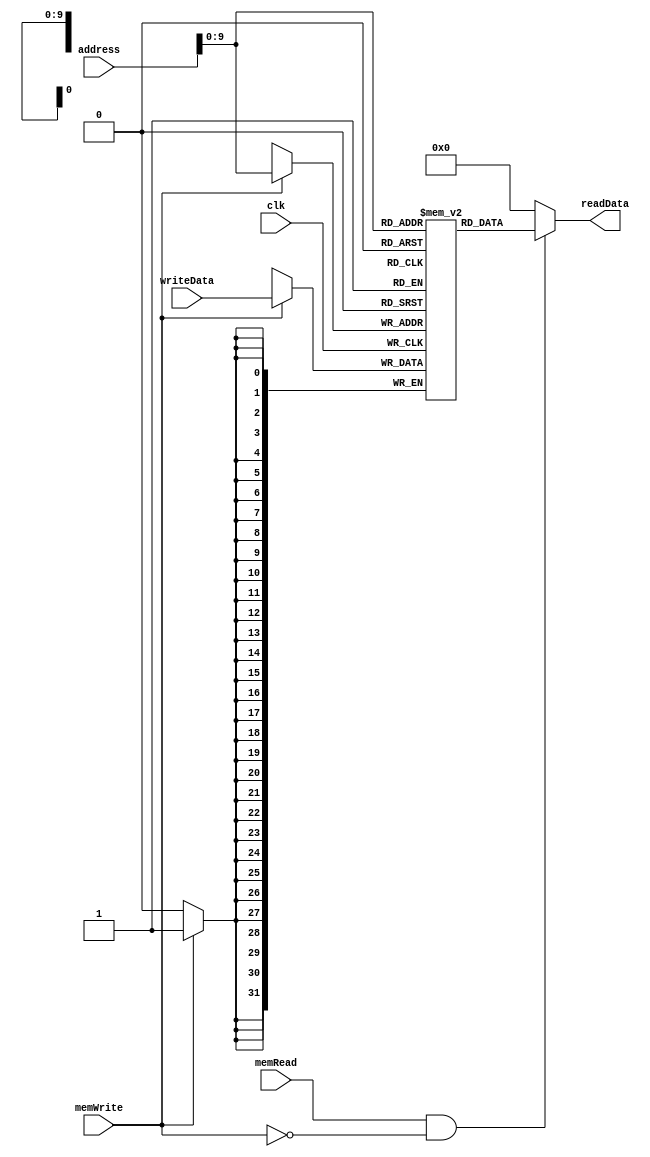
`timescale 1ns / 1ps
//////////////////////////////////////////////////////////////////////////////////
// Company: 
// Engineer: 
// 
// Design Name: 
// Module Name: dataMemory
// Project Name: 
// Target Devices: 
// Tool Versions: 
// Description: 
// 
// Dependencies: 
// 
// Revision:
// Revision 0.01 - File Created
// Additional Comments:
// 
//////////////////////////////////////////////////////////////////////////////////


module dataMemory(
    input clk,
    input [31 : 0] address,
    input [31 : 0] writeData,
    input memWrite,
    input memRead,
    output reg [31 : 0] readData
    );
    
    reg [31 : 0] memFile [0 : 1023];
    
    always @ (address)
    begin
        if (memRead && !memWrite)
            readData = memFile[address];
        else
            readData = 0;
    end
    
    always @ (negedge clk)
    begin
        if (memWrite)
            memFile[address] = writeData;
    end
endmodule